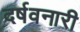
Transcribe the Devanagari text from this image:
दर्षवनारी